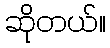
ဆိုတယ်။